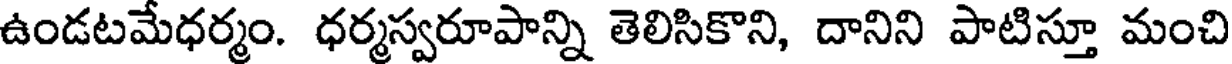
ఉండటమేధర్మం. ధర్మస్వరూపాన్ని తెలిసికొని, దానిని పాటిస్తూ మంచి